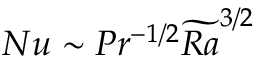
N u \sim P r ^ { - 1 / 2 } \widetilde { R a } ^ { 3 / 2 }